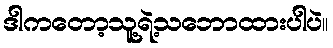
ဒါကတော့သူ့ရဲ့သဘောထားပါပဲ။